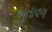
ભૂતાવળ